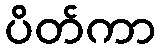
ပိတ်ကာ